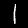
Label: 1